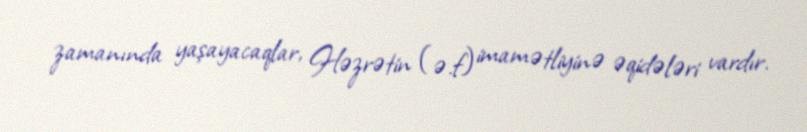
zamanında yaşayacaqlar, Həzrətin (ə.f) imamətliyinə əqidələri vardır.